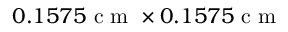
0 . 1 5 7 5 \mathrm { ~ c ~ m ~ } \times 0 . 1 5 7 5 \mathrm { ~ c ~ m ~ }